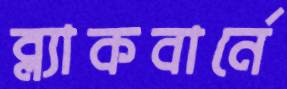
ব্ল্যাকবার্নে